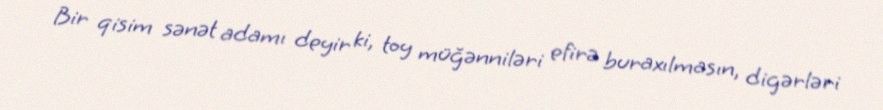
Bir qisim sənət adamı deyir ki, toy müğənniləri efirə buraxılmasın, digərləri